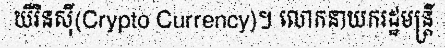
ឃឺរិនស៊ី(Crypto Currency)។ លោកនាយករដ្ឋមន្ត្រី